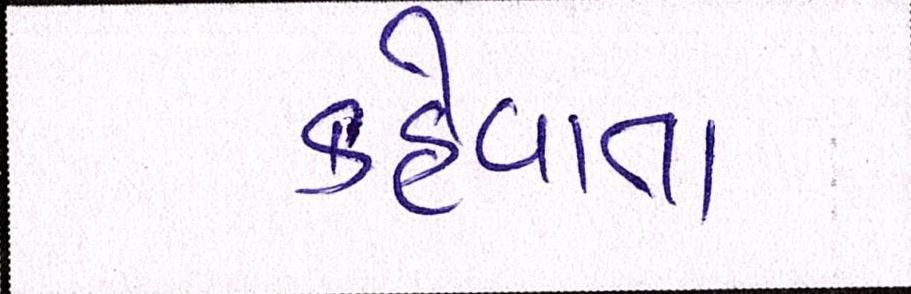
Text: કહેવાતા